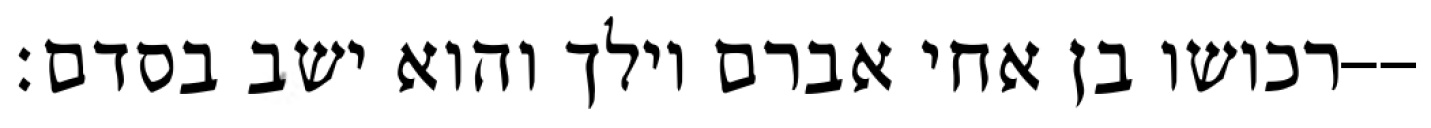
רכושו בן אחי אברם וילך והוא ישב בסדם׃--